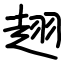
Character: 趐